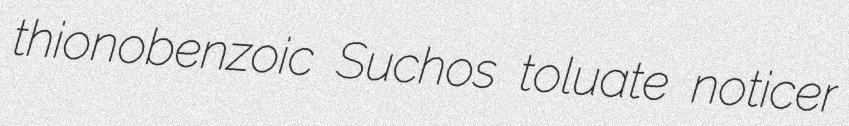
thionobenzoic Suchos toluate noticer